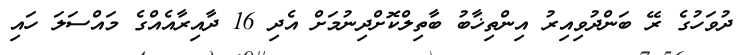
ދުވަހުގެ ރޭ ބަންދުވިއިރު އިންތިޚާބު ބާތިލްކޮށްދިނުމަށް އެދި 16 ދާއިރާއެއްގެ މައްސަލަ ހައި